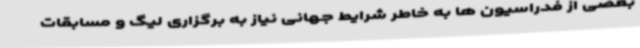
بعضی از فدراسیون ها به خاطر شرایط جهانی نیاز به برگزاری لیگ و مسابقات